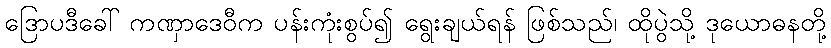
ဒြောပဒီခေါ် ကဏှာဒေဝီက ပန်းကုံးစွပ်၍ ရွေးချယ်ရန် ဖြစ်သည်၊ ထိုပွဲသို့ ဒုယောဓနတို့